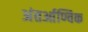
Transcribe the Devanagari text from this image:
अंतर्आण्विक